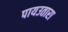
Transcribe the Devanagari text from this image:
पायउतारा